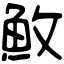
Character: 䰻